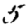
Digit: 5